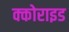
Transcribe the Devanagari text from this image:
क्कोराइड